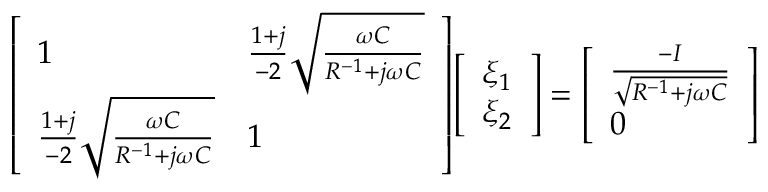
\begin{array} { r } { \! \! \left[ \begin{array} { l l } { 1 } & { \frac { 1 + j } { - 2 } \sqrt { \frac { \omega C } { R ^ { - 1 } + j \omega C } } } \\ { \frac { 1 + j } { - 2 } \sqrt { \frac { \omega C } { R ^ { - 1 } + j \omega C } } } & { 1 } \end{array} \right] \! \left[ \begin{array} { l } { \xi _ { 1 } } \\ { \xi _ { 2 } } \end{array} \right] = \left[ \begin{array} { l } { \frac { - I } { \sqrt { R ^ { - 1 } + j \omega C } } } \\ { 0 } \end{array} \right] } \end{array}